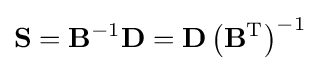
\mathbf {S} =\mathbf {B} ^{-1}\mathbf {D} =\mathbf {D} \left(\mathbf {B} ^{\mathrm {T} }\right)^{-1}